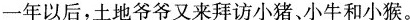
一年以后，土地爷爷又来拜访小猪、小牛和小猴。